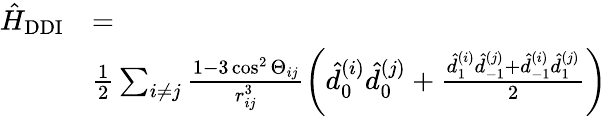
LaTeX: \begin{array}{rl}{\hat{H}_{\mathrm{{DDI}}}}&{=}\\ &{\frac{1}{2}\sum_{i\neq j}\frac{1-3\cos^{2}\Theta_{ij}}{r_{ij}^{3}}\left(\hat{d}_{0}^{(i)}\hat{d}_{0}^{(j)}+\frac{\hat{d}_{1}^{(i)}\hat{d}_{-1}^{(j)}+\hat{d}_{-1}^{(i)}\hat{d}_{1}^{(j)}}{2}\right)}\end{array}